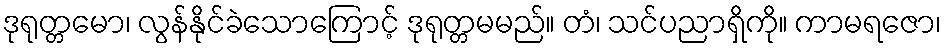
ဒုရုတ္တမော၊ လွန်နိုင်ခဲသောကြောင့် ဒုရုတ္တမမည်။ တံ၊ သင်ပညာရှိကို။ ကာမရဇော၊